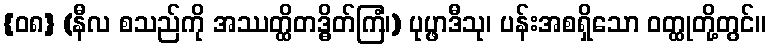
{၀၈} (နီလ စသည်ကို အဿတ္ထိတဒ္ဓိတ်ကြံ၊) ပုပ္ဖာဒီသု၊ ပန်းအစရှိသော ဝတ္ထုတို့တွင်။